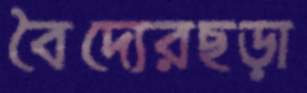
বৈদ্যেরছড়া